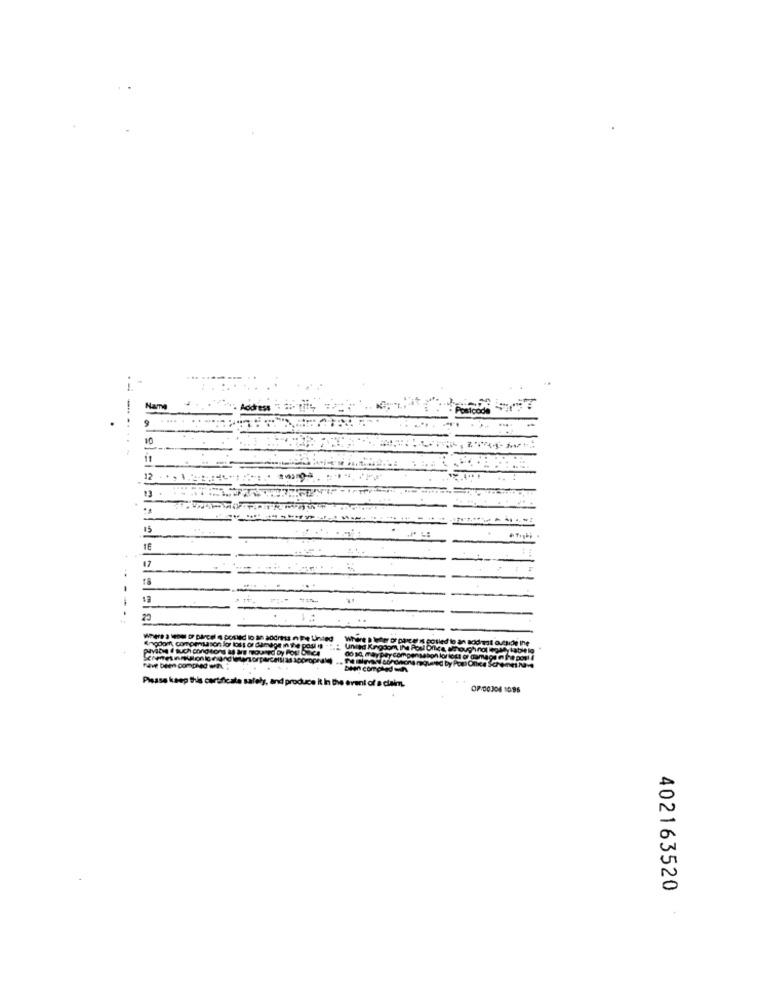
Name
9
12 - .. 1.3-2:4 **;
15
--
17
20
Nere a wow De bircel s posted to an address n Pe tinted
por pax @ I potled to an acidest
Enodor, compensason for loss or damage in the post is
Pavibe ( auch conditions af is mouned by Posi bilce
00 10, may
atle lo
Den Con
Please keep this certificate safely, and produce it In the event of a claim.
OP:00306 10:96
402163520